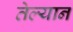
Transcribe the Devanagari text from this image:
तेल्यानं